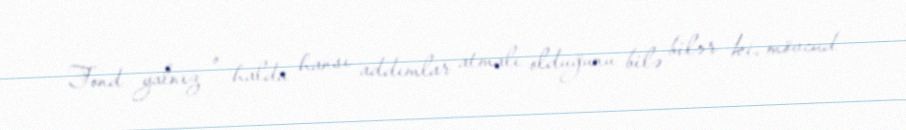
Fond yalnız o halda hansı addımlar atmalı olduğunu bilə bilər ki, mövcud